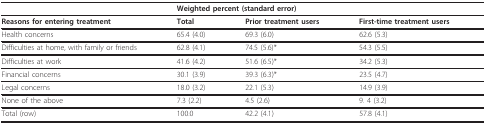
<table><thead><tr><td></td><td colspan="3"><b>Weighted percent (standard error)</b></td></tr></thead><tbody><tr><td><b>Reasons for entering treatment</b></td><td><b>Total</b></td><td><b>Prior treatment users</b></td><td><b>First-time treatment users</b></td></tr><tr><td>Health concerns</td><td>65.4 (4.0)</td><td>69.3 (6.0)</td><td>62.6 (5.3)</td></tr><tr><td>Difficulties at home, with family or friends</td><td>62.8 (4.1)</td><td>74.5 (5.6)*</td><td>54.3 (5.5)</td></tr><tr><td>Difficulties at work</td><td>41.6 (4.2)</td><td>51.6 (6.5)*</td><td>34.2 (5.3)</td></tr><tr><td>Financial concerns</td><td>30.1 (3.9)</td><td>39.3 (6.3)*</td><td>23.5 (4.7)</td></tr><tr><td>Legal concerns</td><td>18.0 (3.2)</td><td>22.1 (5.3)</td><td>14.9 (3.9)</td></tr><tr><td>None of the above</td><td>7.3 (2.2)</td><td>4.5 (2.6)</td><td>9. 4 (3.2)</td></tr><tr><td>Total (row)</td><td>100.0</td><td>42.2 (4.1)</td><td>57.8 (4.1)</td></tr></tbody></table>